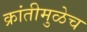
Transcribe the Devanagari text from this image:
क्रांतीमुळेच